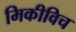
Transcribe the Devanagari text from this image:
मिकीविच